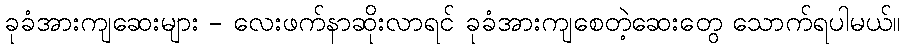
ခုခံအားကျဆေးများ - လေးဖက်နာဆိုးလာရင် ခုခံအားကျစေတဲ့ဆေးတွေ သောက်ရပါမယ်။